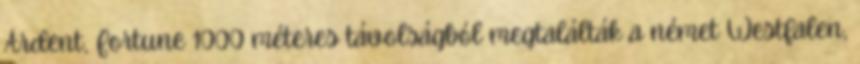
Ardent, Fortune 1000 méteres távolságból megtalálták a német Westfalen,